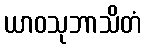
ယာဝသုဘာသိတံ